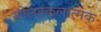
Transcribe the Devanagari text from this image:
सोलहकलात्मक